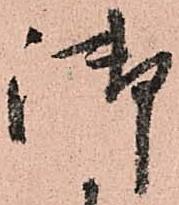
御